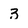
Character: 3